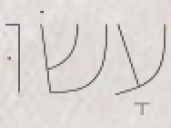
עָשׂוּ